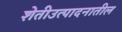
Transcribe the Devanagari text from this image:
शेतीउत्पादनातील